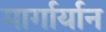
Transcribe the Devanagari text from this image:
मार्गार्यान